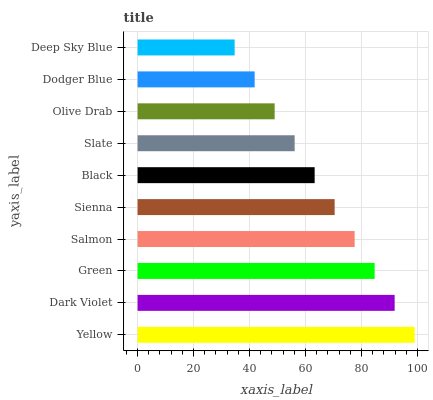
| yaxis_label | bars |
 | --- | --- |
 | Yellow | 99 |
 | Dark Violet | 91.9 |
 | Green | 84.7 |
 | Salmon | 77.6 |
 | Sienna | 70.4 |
 | Black | 63.3 |
 | Slate | 56.1 |
 | Olive Drab | 49 |
 | Dodger Blue | 41.8 |
 | Deep Sky Blue | 34.7 |